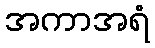
အကာအရံ